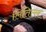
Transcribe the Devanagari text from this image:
लितिल्ल